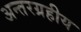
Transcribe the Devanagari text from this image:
अन्तरग्रहीय